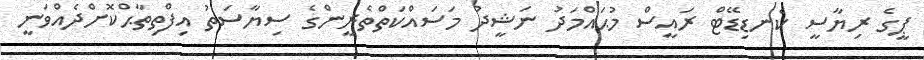
ޕީގެ ރިޔާސީ ކެނޑިޑޭޓް ރައީސް މުޙައްމަދު ނަޝީދު މަސައްކަތްތެރީންގެ ސިޔާސަތު އިފްތިތާޙްކޮށްދެއްވަނީ